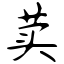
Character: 荬